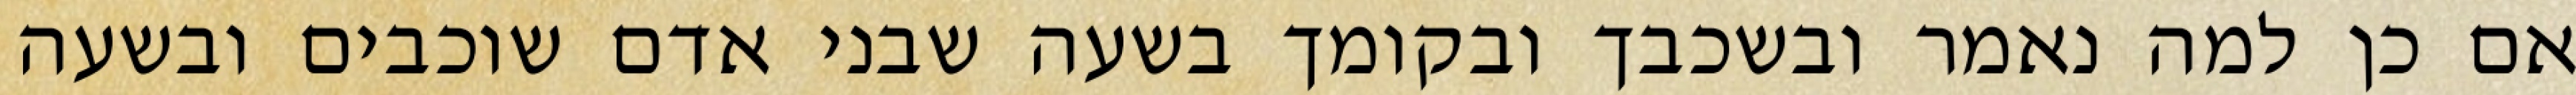
אם כן למה נאמר ובשכבך ובקומך בשעה שבני אדם שוכבים ובשעה